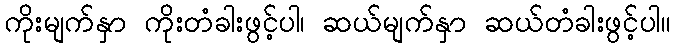
ကိုးမျက်နှာ ကိုးတံခါးဖွင့်ပါ၊ ဆယ်မျက်နှာ ဆယ်တံခါးဖွင့်ပါ။